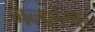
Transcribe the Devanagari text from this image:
मन्डलेश्वर